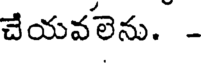
చేయవలెను. -